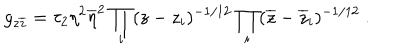
LaTeX: g _ { z \overline { { { z } } } } = \tau _ { 2 } \eta ^ { 2 } \overline { { { \eta } } } ^ { 2 } \prod _ { i } ( z - z _ { i } ) ^ { - 1 / 1 2 } \prod _ { i } ( \overline { { { z } } } - \overline { { { z } } } _ { i } ) ^ { - 1 / 1 2 } ~ .